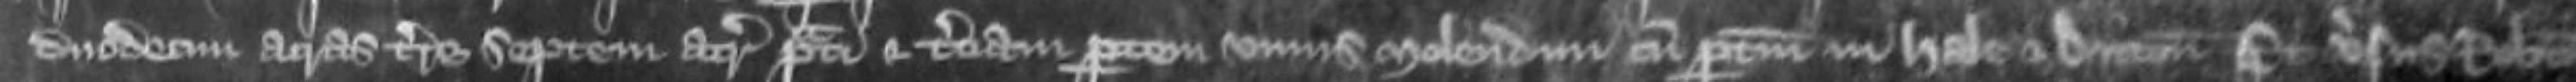
duodecim acras terre septem acras prati et tertiam partem unius molendini cum pertinenciis in Hale et Dicton et versus Robertum